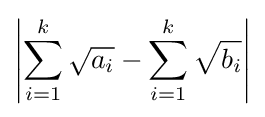
\left|\sum _{i=1}^{k}{\sqrt {a_{i}}}-\sum _{i=1}^{k}{\sqrt {b_{i}}}\right|